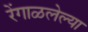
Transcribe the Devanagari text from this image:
रेंगाळलेल्या